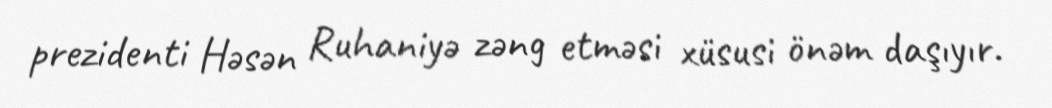
prezidenti Həsən Ruhaniyə zəng etməsi xüsusi önəm daşıyır.